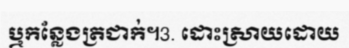
ឬកន្លែងត្រជាក់។3. ដោះស្រាយដោយ